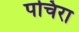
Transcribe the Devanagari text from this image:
पचिरा